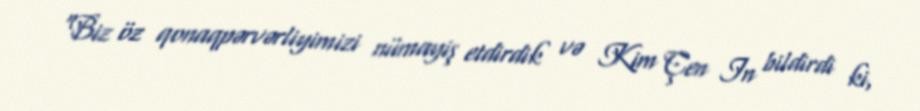
“Biz öz qonaqpərvərliyimizi nümayiş etdirdik və Kim Çen In bildirdi ki,